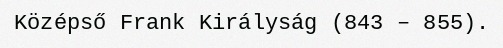
Középső Frank Királyság (843 – 855).